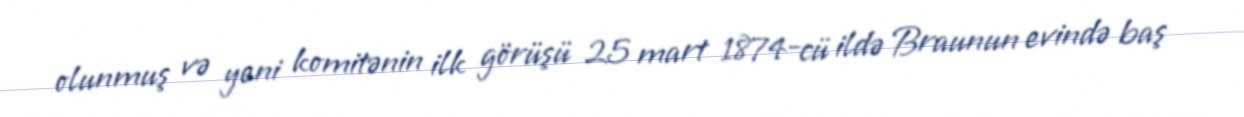
olunmuş və yeni komitənin ilk görüşü 25 mart 1874-cü ildə Braunun evində baş